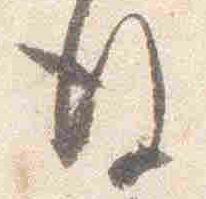
後